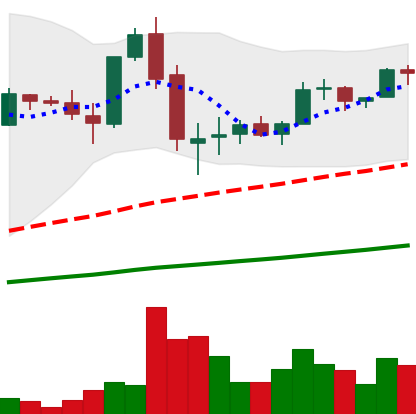
Ticker: LTC-USD
Chart end date: 2017-06-06
Forward return: 8.724%
Label: up_7plus